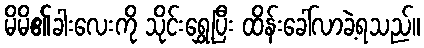
မိမိ၏ခါးလေးကို သိုင်းရွှေ့ပြီး ထိန်းခေါ်လာခဲ့ရသည်။